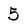
Character: 5